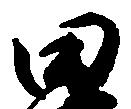
田